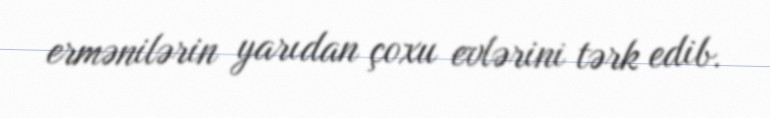
ermənilərin yarıdan çoxu evlərini tərk edib.